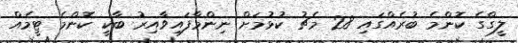
ލީގްގެ ކޮންމެ ބުރެއްގައި 28 މެޗު ކުޅުމަށް ނިންމާފައިވާއިރު ބާކީ ކޮންމެ ޓީމެއް